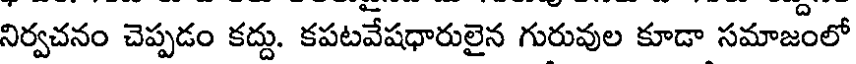
నిర్వచనం చెప్పడం కద్దు. కపటవేషధారులైన గురువుల కూడా సమాజంలో